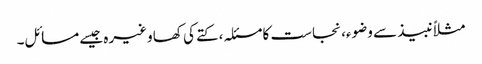
مثلاً نبیذ سے وضوء، نجاست کا مسئلہ، کتے کی کھا وغیرہ جیسے مسائل۔